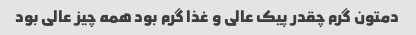
دمتون گرم چقدر پیک عالی و غذا گرم بود همه چیز عالی بود